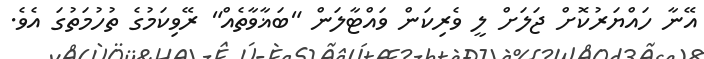
އޭނާ ހައްޔަރުކޮށް ޖަލަށް ލީ ވެރިކަން ވައްޓާލަން "ބަޣާވާތެއް" ރޭވިކަމުގެ ތުހުމަތުގަ އެވެ.